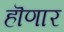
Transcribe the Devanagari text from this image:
हॊणार